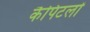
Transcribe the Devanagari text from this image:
कैपिटलों